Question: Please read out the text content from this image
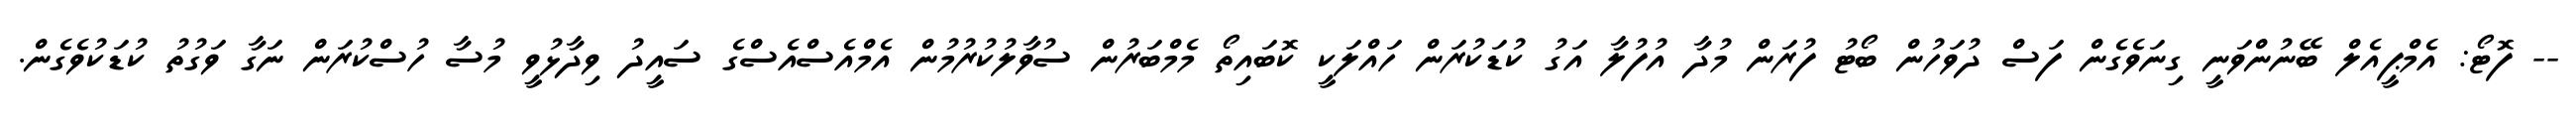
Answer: -- ފޮޓޯ: އެމްޕީއެލް ބޭނުންވަނީ ގިނަވެގެން ފަސް ދުވަހުން ބޯޓު ފުރަން މުދާ އުފުލާ އަގު ކުޑަކުރަން ހައްލަކީ ކޮބައިތޯ މެމްބަރުން ސުވާލުކުރުމުން އެމްއެސްއެސްގެ ސައީދު ވިދާޅުވީ މުސާ ހުސްކުރަން ނަގާ ވަގުތު ކުޑަކުވެގެން.